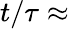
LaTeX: t/\tau\approx